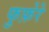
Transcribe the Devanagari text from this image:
फुफ़ेरे